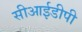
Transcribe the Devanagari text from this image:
सीआईडीपी